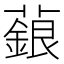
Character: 𬞵